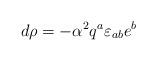
LaTeX: \begin{align*}d \rho =- {\alpha}^{2} q^{a}\varepsilon_{ab}e^{b}\end{align*}